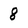
Character: 8